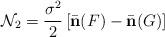
LaTeX: \begin{align*}\mathcal{N}_2=\frac{\sigma^2}{2}\left[\bar{\mathbf{n}}(F)-\bar{\mathbf{n}}(G)\right]\end{align*}